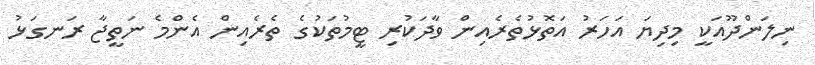
ނިލަންދޫއަކީ މިދިޔަ އަހަރު އަތޮޅުތެރެއިން ވާދަކުރި ޓީމުތަކުގެ ތެރެއިން އެންމެ ނަތީޖާ ރަނގަޅު